65_HS1-834228961_62-HQ-83894_SUB_A
Agency: FBI
Page 124
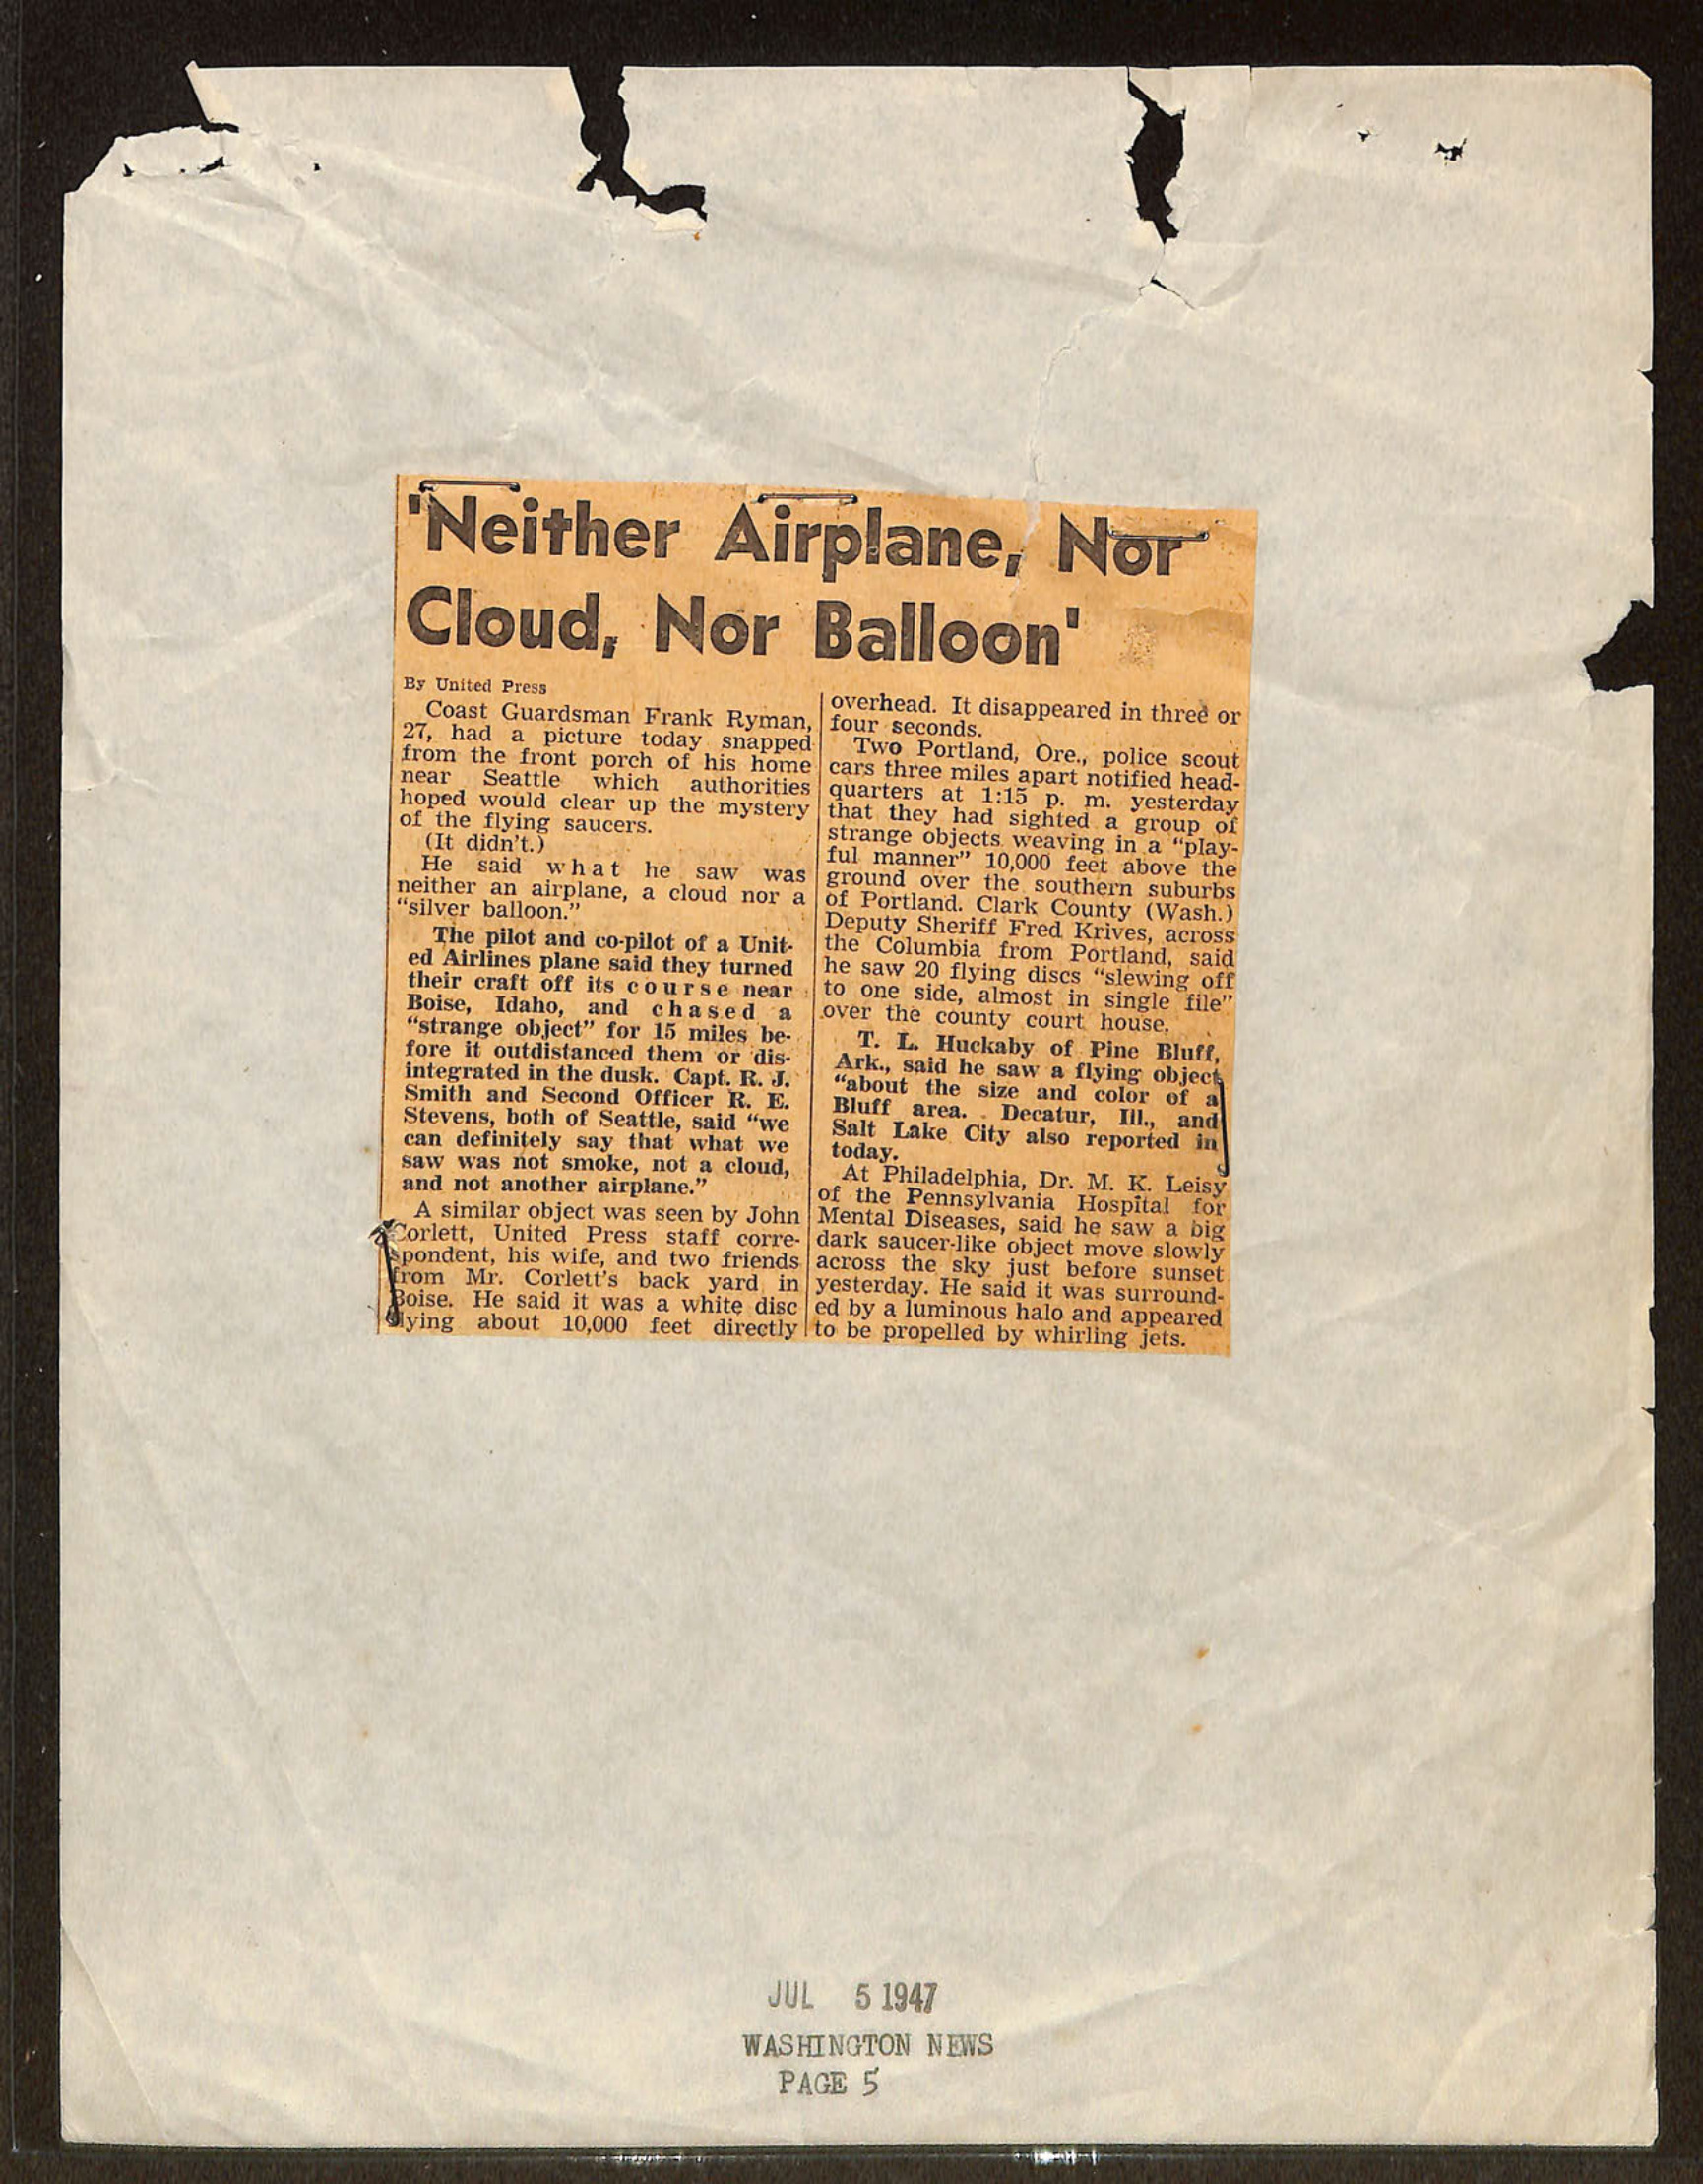